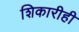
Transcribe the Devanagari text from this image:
शिकारीही